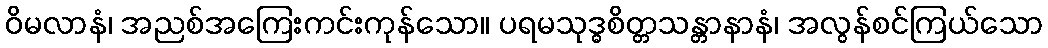
ဝိမလာနံ၊ အညစ်အကြေးကင်းကုန်သော။ ပရမသုဒ္ဓစိတ္တသန္တာနာနံ၊ အလွန်စင်ကြယ်သော